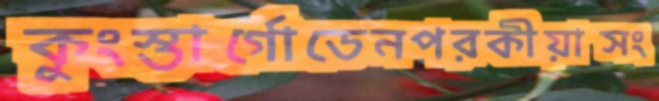
কুংস্তার্গোডেনপরকীয়াসং